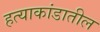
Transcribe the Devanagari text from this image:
हत्याकांडातील